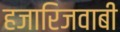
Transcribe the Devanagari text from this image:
हजारिजवाबी